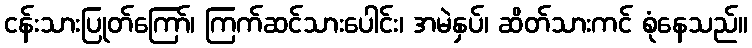
ငန်းသားပြုတ်ကြော်၊ ကြက်ဆင်သားပေါင်း၊ အမဲနှပ်၊ ဆိတ်သားကင် စုံနေသည်။